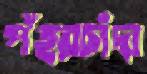
পঁহরচাঁদা